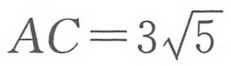
$AC = 3\sqrt{5}$